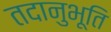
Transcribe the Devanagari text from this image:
तदानुभूति